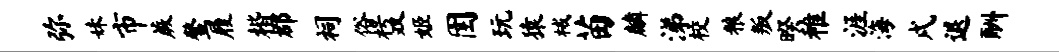
弥妹市蕨鳌履楷郡祠俗枵双姬圉玩猿械苗麟涕校粮叛暌稚涯海戌退酬